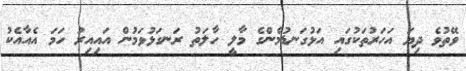
ވޭތުވެ ދިޔަ އަހަރުތަކުގައި އަޅުގަނޑުމެންގެ މާލީ ހާލަތު ރަނގަޅުވަމުން އައިއިރު ހަމަ އެއާއެކު